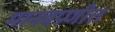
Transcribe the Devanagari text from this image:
मानवप्रणीत